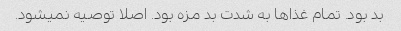
بد بود. تمام غذاها به شدت بد مزه بود. اصلا توصیه نمیشود.